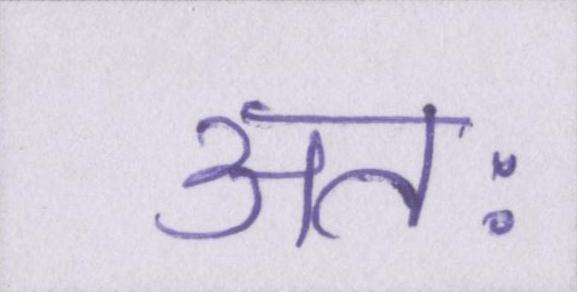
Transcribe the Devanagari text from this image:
अतः